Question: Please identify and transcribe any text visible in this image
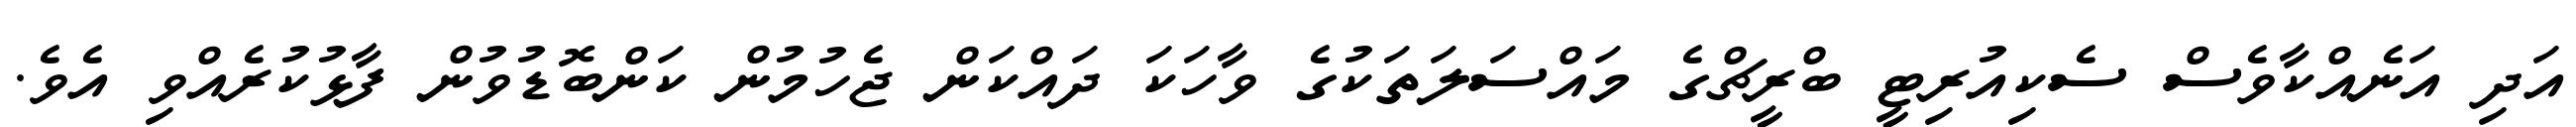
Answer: އަދި އަނެއްކާވެސް ސެކިއުރިޓީ ބްރީޗްގެ މައްސަލަތަކުގެ ވާހަކަ ދައްކަން ޖެހުމުން ކަންބޮޑުވުން ފާޅުކުރެއްވި އެވެ.